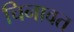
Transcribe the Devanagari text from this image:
चिनावत